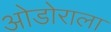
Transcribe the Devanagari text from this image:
ओडोराला